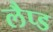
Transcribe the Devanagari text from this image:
लैप्ड